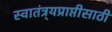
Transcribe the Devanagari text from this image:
स्वातंत्र्यप्राप्तीसाठी